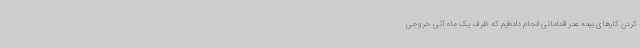
کردن کارهای بیمه عمر اقداماتی انجام داده‌ایم که ظرف یک ماه آتی خروجی